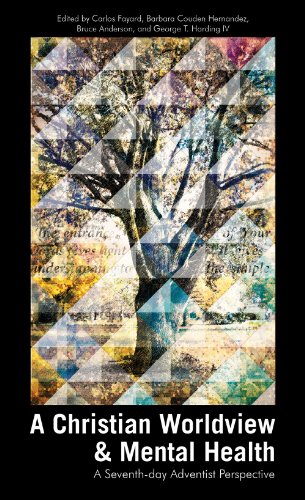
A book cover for A Christian Worldview and Mental Health; Carlos Fayard; Christian Books & Bibles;